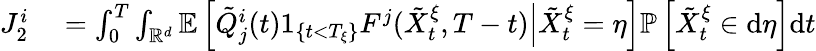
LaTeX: \begin{array}{rl}{J_{2}^{i}}&{{}=\int_{0}^{T}\int_{\mathbb{R}^{d}}\mathbb{E}\left[\left.\tilde{Q}_{j}^{i}(t)1_{\{ t<T_{\xi}\} }F^{j}(\tilde{X}_{t}^{\xi},T-t)\right|\tilde{X}_{t}^{\xi}=\eta\right]\mathbb{P}\left[\tilde{X}_{t}^{\xi}\in\mathrm{d}\eta\right]\mathrm{d}t}\end{array}